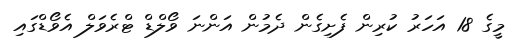
މީގެ 18 އަހަރު ކުރިން ފެށިގެން ދެމުން އަންނަ ވޯލްޑް ޓްރެވަލް އެވޯޑްގައި